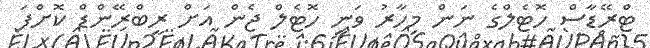
ޓްރޭޑާސް ހޮޓެލްގެ ނަން މިހާރު ވަނީ ހޮޓެލް ޖެން އަށް ރީބްރޭންޑް ކޮށްފަ